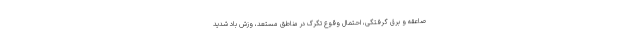
صاعقه و برق گرفتگی، احتمال وقوع تگرگ در مناطق مستعد، وزش باد شدید